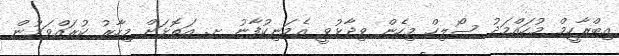
އިބްރާހީމް މުހައްމަދު ސޯލިހް މިހެން ވިދާޅުވީ އެމަނިކުފާނު ށ. އަތޮޅަށް މިހާރު ކުރައްވަމުން